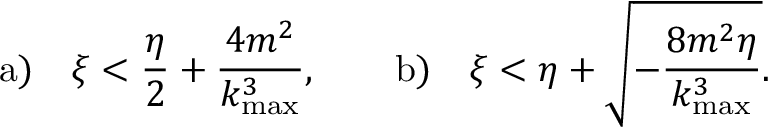
\mathrm { a ) } \quad \xi < \displaystyle { \frac { \eta } { 2 } + \frac { 4 m ^ { 2 } } { k _ { \mathrm { m a x } } ^ { 3 } } } , \qquad \mathrm { b ) } \quad \xi < \displaystyle { \eta + \sqrt { - \frac { 8 m ^ { 2 } \eta } { k _ { \mathrm { m a x } } ^ { 3 } } } } .